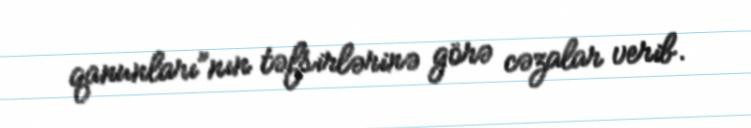
qanunları”nın təfsirlərinə görə cəzalar verib.